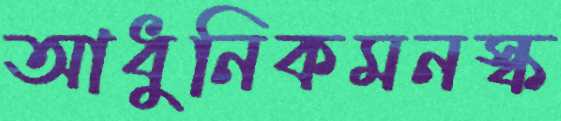
আধুনিকমনস্ক